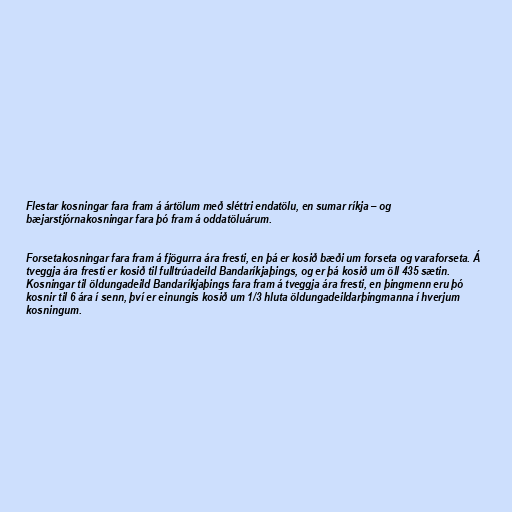
Flestar kosningar fara fram á ártölum með sléttri endatölu, en sumar ríkja – og
bæjarstjórnakosningar fara þó fram á oddatöluárum.

Forsetakosningar fara fram á fjögurra ára fresti, en þá er kosið bæði um forseta og varaforseta. Á
tveggja ára fresti er kosið til fulltrúadeild Bandaríkjaþings, og er þá kosið um öll 435 sætin.
Kosningar til öldungadeild Bandaríkjaþings fara fram á tveggja ára fresti, en þingmenn eru þó
kosnir til 6 ára í senn, því er einungis kosið um 1/3 hluta öldungadeildarþingmanna í hverjum
kosningum.